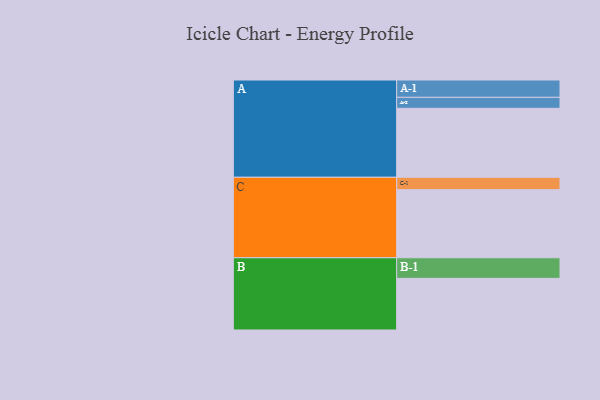
{"axis": {"x": "Segment", "y": "Value"}, "legend": ["", "A", "B", "C"], "data": [{"x": "A", "y": 402, "type": ""}, {"x": "B", "y": 301, "type": ""}, {"x": "C", "y": 397, "type": ""}, {"x": "A-1", "y": 101, "type": "A"}, {"x": "A-2", "y": 64, "type": "A"}, {"x": "B-1", "y": 120, "type": "B"}, {"x": "C-1", "y": 72, "type": "C"}]}